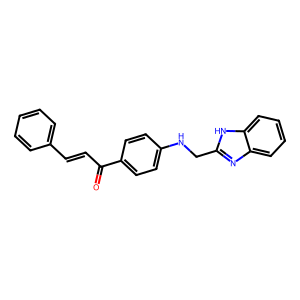
SMILES: O=C(C=Cc1ccccc1)c1ccc(NCc2nc3ccccc3[nH]2)cc1
Inhibits HIV replication: No